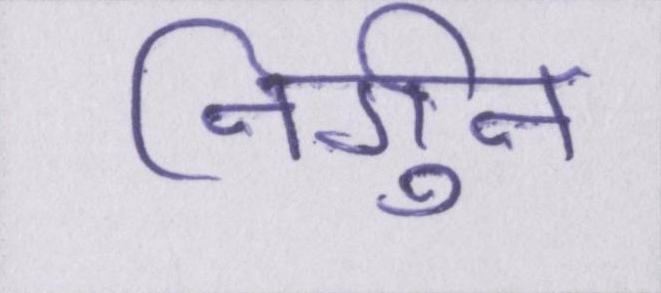
निर्गुन